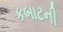
કબાટની